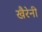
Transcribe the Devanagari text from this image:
खैरेनी